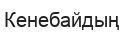
Кенебайдың